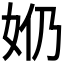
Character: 𫰕